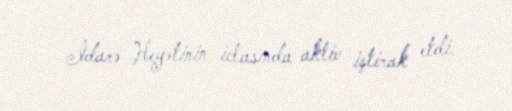
İdarə Heyətinin iclasında aktiv iştirak etdi.